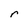
Character: r